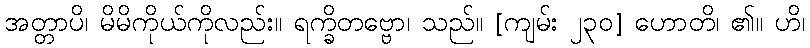
အတ္တာပိ၊ မိမိကိုယ်ကိုလည်း။ ရက္ခိတဗ္ဗော၊ သည်။ [ကျမ်း ၂၃၀] ဟောတိ၊ ၏။ ဟိ၊